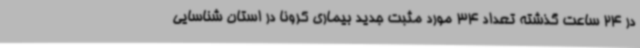
در 24 ساعت گذشته تعداد 34 مورد مثبت جدید بیماری کرونا در استان شناسایی